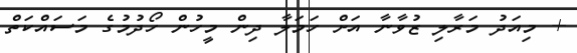
+ މިއަދު މަރާލި ޒުވާނާ އަށް ހަމަލާ ދިން މީހުން ހޯދުމުގެ މަސައްކަތް